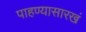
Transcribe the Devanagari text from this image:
पाहण्यासारखं